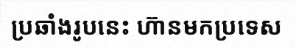
ប្រឆាំងរូបនេះ ហ៊ានមកប្រទេស